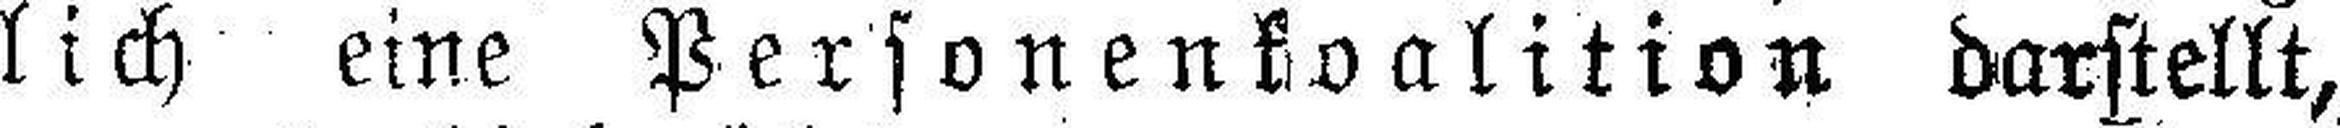
lich eine Personenkoalition darstellt,